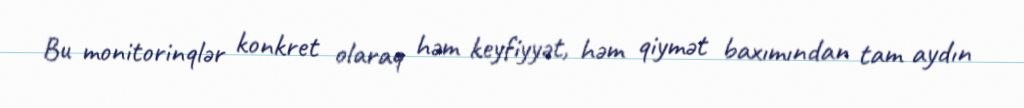
Bu monitorinqlər konkret olaraq həm keyfiyyət, həm qiymət baxımından tam aydın